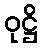
ဝုဋ္ဌိ